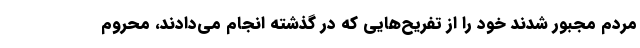
مردم مجبور شدند خود را از تفریح‌هایی که در گذشته انجام می‌دادند، محروم